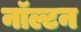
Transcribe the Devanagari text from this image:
नॉल्टन